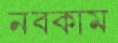
নবকাম